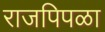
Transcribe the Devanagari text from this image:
राजपिपळा